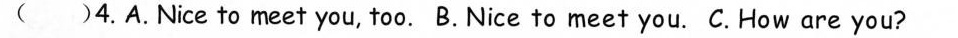
( )4.A.Nice to meet you, too. B. Nice to meet you. C. How are you?